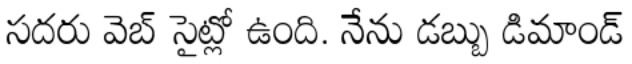
సదరు వెబ్ సైట్లో ఉంది. నేను డబ్బు డిమాండ్